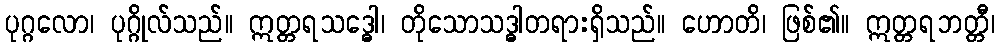
ပုဂ္ဂလော၊ ပုဂ္ဂိုလ်သည်။ ဣတ္တရသဒ္ဓေါ၊ တိုသောသဒ္ဓါတရားရှိသည်။ ဟောတိ၊ ဖြစ်၏။ ဣတ္တရဘတ္တီ၊